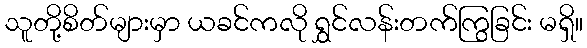
သူတို့စိတ်များမှာ ယခင်ကလို ရွှင်လန်းတက်ကြွခြင်း မရှိ။